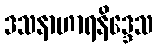
ဒသနာဟာရနိဒ္ဒေသ